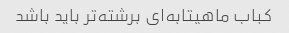
کباب ماهیتابه‌ای برشته‌تر باید باشد